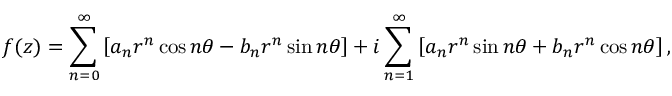
f ( z ) = \sum _ { n = 0 } ^ { \infty } \left[ a _ { n } r ^ { n } \cos n \theta - b _ { n } r ^ { n } \sin n \theta \right] + i \sum _ { n = 1 } ^ { \infty } \left[ a _ { n } r ^ { n } \sin n \theta + b _ { n } r ^ { n } \cos n \theta \right] ,